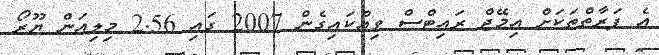
އެ ފަރާތްތަކަށް އިމޭޖް ރައިޓްސް ވިއްކައިގެން 2007 ގައި 2.56 މިލިއަން ޔޫރޯ